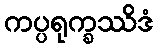
ကပ္ပရုက္ခဿိဒံ